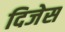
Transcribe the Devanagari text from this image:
दिजेस